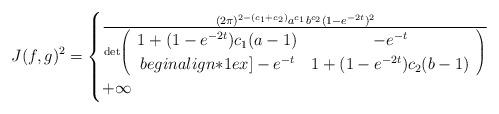
LaTeX: \begin{align*} J(f,g)^2 = \begin{cases} \frac{(2\pi)^{2-(c_1+c_2)} a^{c_1} b^{c_2} (1 - e^{-2t})^2} {\det \left( \begin{array}{cc} 1+(1-e^{-2t}) c_1 (a-1) & -e^{-t} \\begin{align*}1ex] -e^{-t} & 1+(1-e^{-2t}) c_2 (b-1) \end{array} \right)} & \\ +\infty & \end{cases}\end{align*}